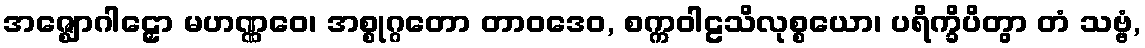
အဇ္ဈောဂါဠှော မဟဏ္ဏဝေ၊ အစ္စုဂ္ဂတော တာဝဒေဝ, စက္ကဝါဠသိလုစ္စယော၊ ပရိက္ခိပိတွာ တံ သဗ္ဗံ,